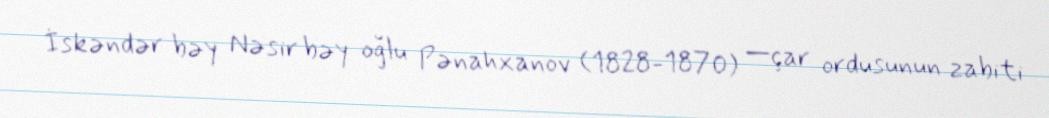
İskəndər bəy Nəsir bəy oğlu Pənahxanov (1828-1870) —çar ordusunun zabiti